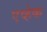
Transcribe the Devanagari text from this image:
एव्हेक